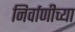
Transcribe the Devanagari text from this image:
निर्वाणीच्या